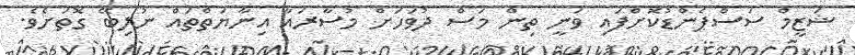
ޝަޒީމް ސަސްޕެންޑުކޮށްފައި ވަނީ ތިން މަސް ދުވަހަށް މުސާރައާ އިނާޔަތްތައް ނުލިބޭ ގޮތަށެވެ.